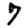
Digit: 7